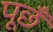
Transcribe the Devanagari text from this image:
पूछँ